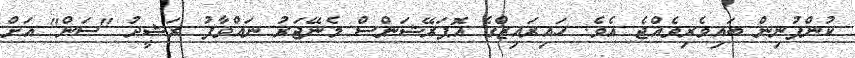
ކުންފުނިން ބައިވެރިވެއްޖެ އެވެ. ހައިރައިޒްގެ އޮޕަރޭޝަންސް މެނޭޖަރު ނައްވާފު ރަޝީދު "ސަން" އަށް